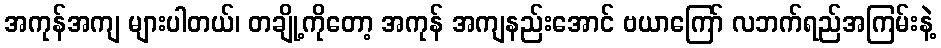
အကုန်အကျ များပါတယ်၊ တချို့ကိုတော့ အကုန် အကျနည်းအောင် ဗယာကြော် လဘက်ရည်အကြမ်းနဲ့